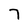
Character: 7